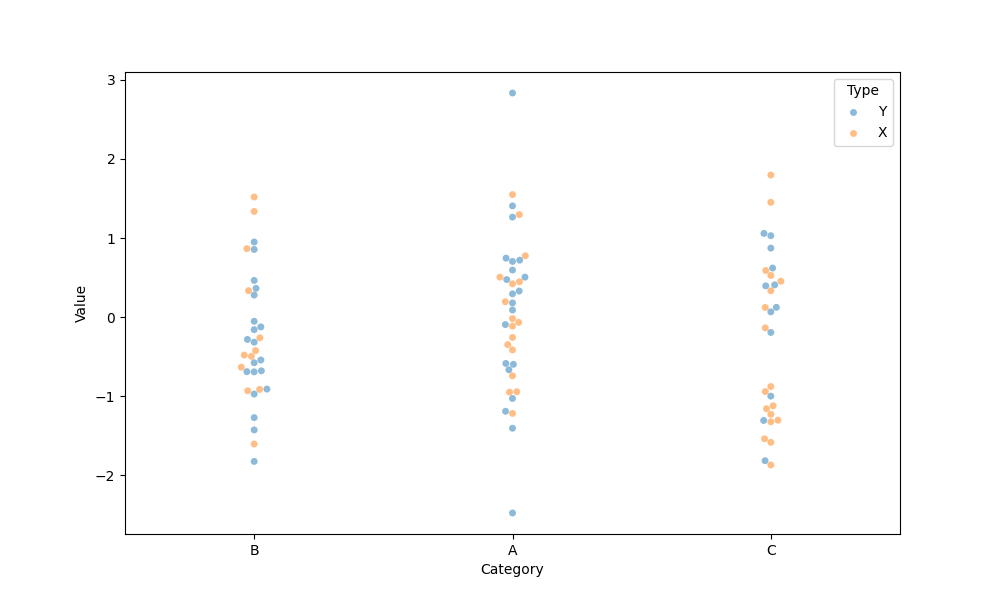
python, seaborn, swarmplot, dodge=False, alpha=0.5, size=5